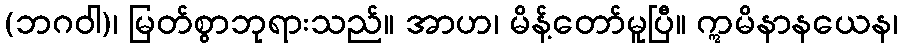
(ဘဂဝါ)၊ မြတ်စွာဘုရားသည်။ အာဟ၊ မိန့်တော်မူပြီ။ ဣမိနာနယေန၊